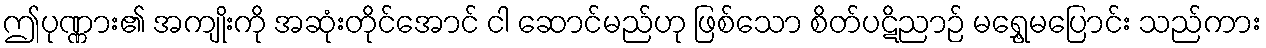
ဤပုဏ္ဏား၏ အကျိုးကို အဆုံးတိုင်အောင် ငါ ဆောင်မည်ဟု ဖြစ်သော စိတ်ပဋိညာဉ် မရွှေ့မပြောင်း သည်ကား